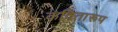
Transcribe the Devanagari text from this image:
कवितारूप